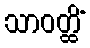
သာဝတ္ထိံ